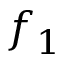
f _ { 1 }